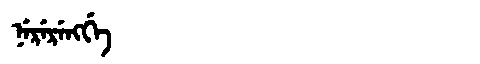
Manchu: ᠨᡝᡵᡝᡵᡝᠩᡤᡝ
Romanization: NERERENGGE